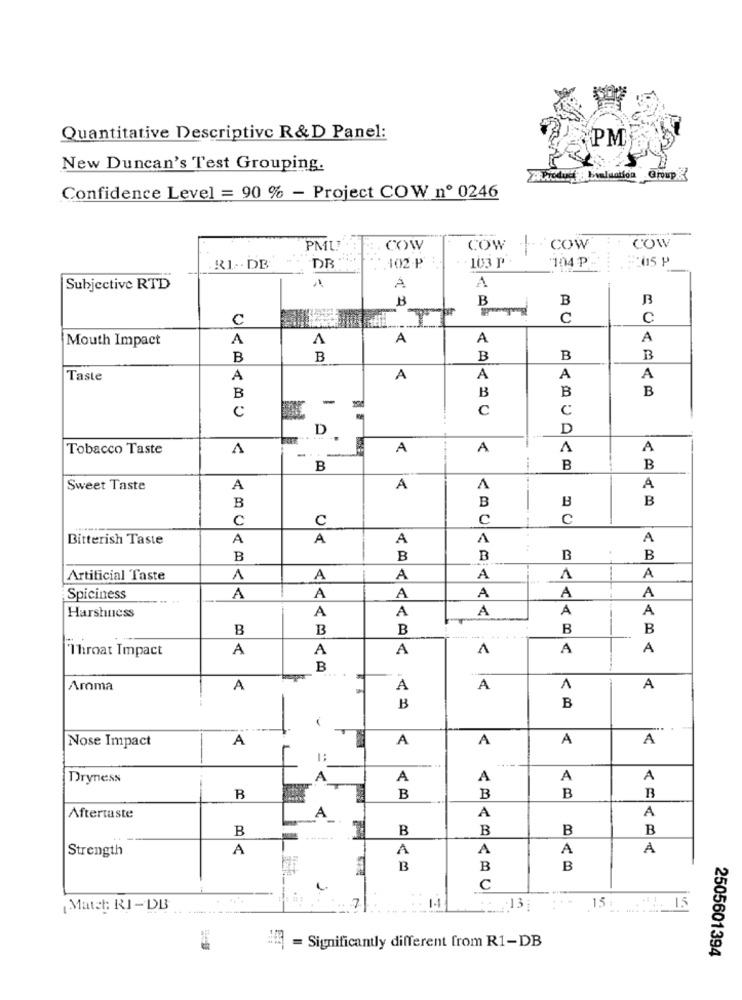
Quantitative Descriptive R&D Panel:
PM
New Duncan's Test Grouping.
iProduct : buluation Group
Confidence Level = 90 % - Project COW nº 0246
COW
PMU
COW
COW
COW
DR
102 -P
103 p.
104 P ...
R1 -. DB
Subjective RTD
1
A
A
B
B
B
C
C
C
Mouth Impact
A
A
A
A
B
B
B
B
B
Taste
A
A
A
A
A
B
B
B
B
-
C
c
D
D
Tobacco Taste
A
A
A
A
A
B
B
B
Sweet Taste
A
A
A
A
B
B
B
B
c
C
C
c
Bitterish Taste
A
A
A
A
A
B
B
B
B
B
Artificial Taste
1
A
A
A
A
A
A
Spiciness
A
A
A
A
A
A
A
A
A
A
Harshness
B
B
B
B
B
Throat Impact
A
A
A
1
A
A
B
Amma
A
A
A
1
A
B
B
Nose Impact
A
A
A
A
A
Dryness
A
A
A
A
A
B
B
B
B
B
Aftertaste
A_
A
A
B
B
B
B
B
Strength
A
A
A
A
A
B
B
B
c
Match RI -DB
7
1-1
15 - 1
= Significantly different from R1-DB
2505601394